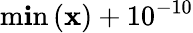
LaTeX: \operatorname*{m\mathbf{i}n}\left(\mathbf{{x}}\right)+10^{-10}